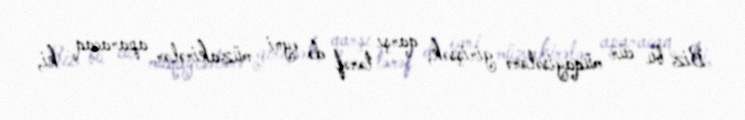
Biz bu cür müqayisələrə girişsək, qarşı tərəf də eyni müzakirələr aparacaq ki,